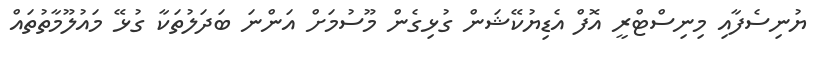
ޔުނިސެފާއި މިނިސްޓްރީ އޮފް އެޑިޔުކޭޝަން ގުޅިގެން މޫސުމަށް އަންނަ ބަދަލުތަކާ ގުޅޭ މައުލޫމާތުތައް